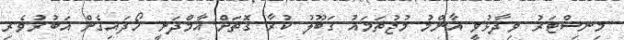
މިނިސްޓަރު ވިދާޅުވީ އާންމު މުޖުތަމައު ގަބޫލު ކުރާ ގޮތަށް އާމްދަނީ ހޯދައިގެން އަބުރުވެރި